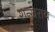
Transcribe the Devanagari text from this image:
शन्खराय